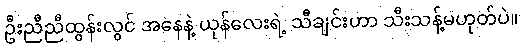
ဦးညီညီထွန်းလွင် အနေနဲ့ ယုန်လေးရဲ့ သီချင်းဟာ သီးသန့်မဟုတ်ပဲ။